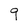
Character: 9